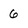
Character: 6